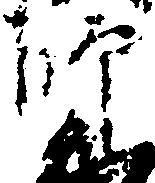
師